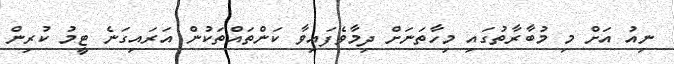
ނިއު އަށް މި މުބާރާތުގައި މިހާތަނަށް ދިމާވެފައިވާ ކަންތައްތަކުން އަރައިގަނެ ޓީމު ކުރިން